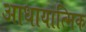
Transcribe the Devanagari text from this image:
आधायात्मिक